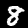
Digit: 8